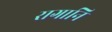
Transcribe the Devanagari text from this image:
रागानि